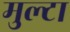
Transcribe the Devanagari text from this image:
मुल्टा